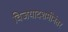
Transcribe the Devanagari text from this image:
विजयादशमीनंतर